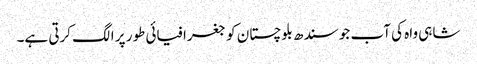
شاہی واہ کی آب جو سندھ بلوچستان کو جغرافیائی طور پر الگ کرتی ہے۔